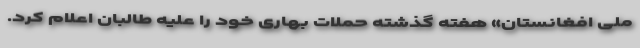
ملی افغانستان» هفته گذشته حملات بهاری‌ خود را علیه طالبان اعلام کرد.